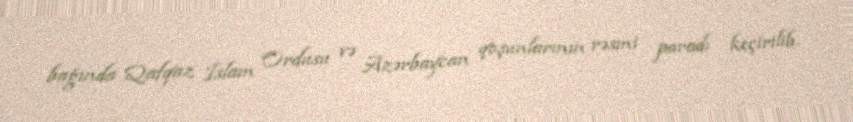
bağında Qafqaz İslam Ordusu və Azərbaycan qoşunlarının rəsmi paradı keçirilib.